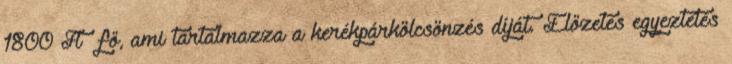
1800 Ft fő, ami tartalmazza a kerékpárkölcsönzés díját. Előzetes egyeztetés